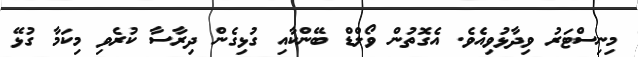
މިނިސްޓަރު ވިދާޅުވިއެވެ. އެގޮތުން ވޯލްޑް ބޭންކާއި ގުޅިގެން ދިރާސާ ކުރެވި މިކަމާ ގުޅޭ